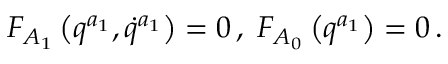
F _ { A _ { 1 } } \left( q ^ { a _ { 1 } } , \dot { q } ^ { a _ { 1 } } \right) = 0 \, , \; F _ { A _ { 0 } } \left( q ^ { a _ { 1 } } \right) = 0 \, .